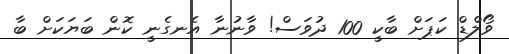
ވޯލްޑް ކަޕަށް ބާކީ 100 ދުވަސް! ވާނުނާ އެނގެނީ ކޮން ބަޔަކަށް ބާ